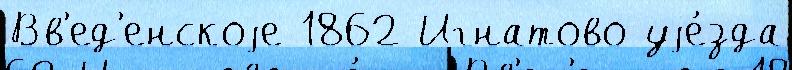
Вв'ед'енскоjе 1862 Игнатово уjе́зда